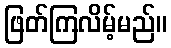
ဖြတ်ကြလိမ့်မည်။